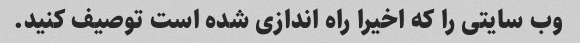
وب سایتی را که اخیرا راه اندازی شده است توصیف کنید.